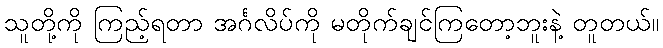
သူတို့ကို ကြည့်ရတာ အင်္ဂလိပ်ကို မတိုက်ချင်ကြတော့ဘူးနဲ့ တူတယ်။